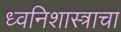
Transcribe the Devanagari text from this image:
ध्वनिशास्त्राचा